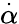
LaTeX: \overset{\cdot}{\alpha}